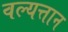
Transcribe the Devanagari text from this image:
वल्यत्तान